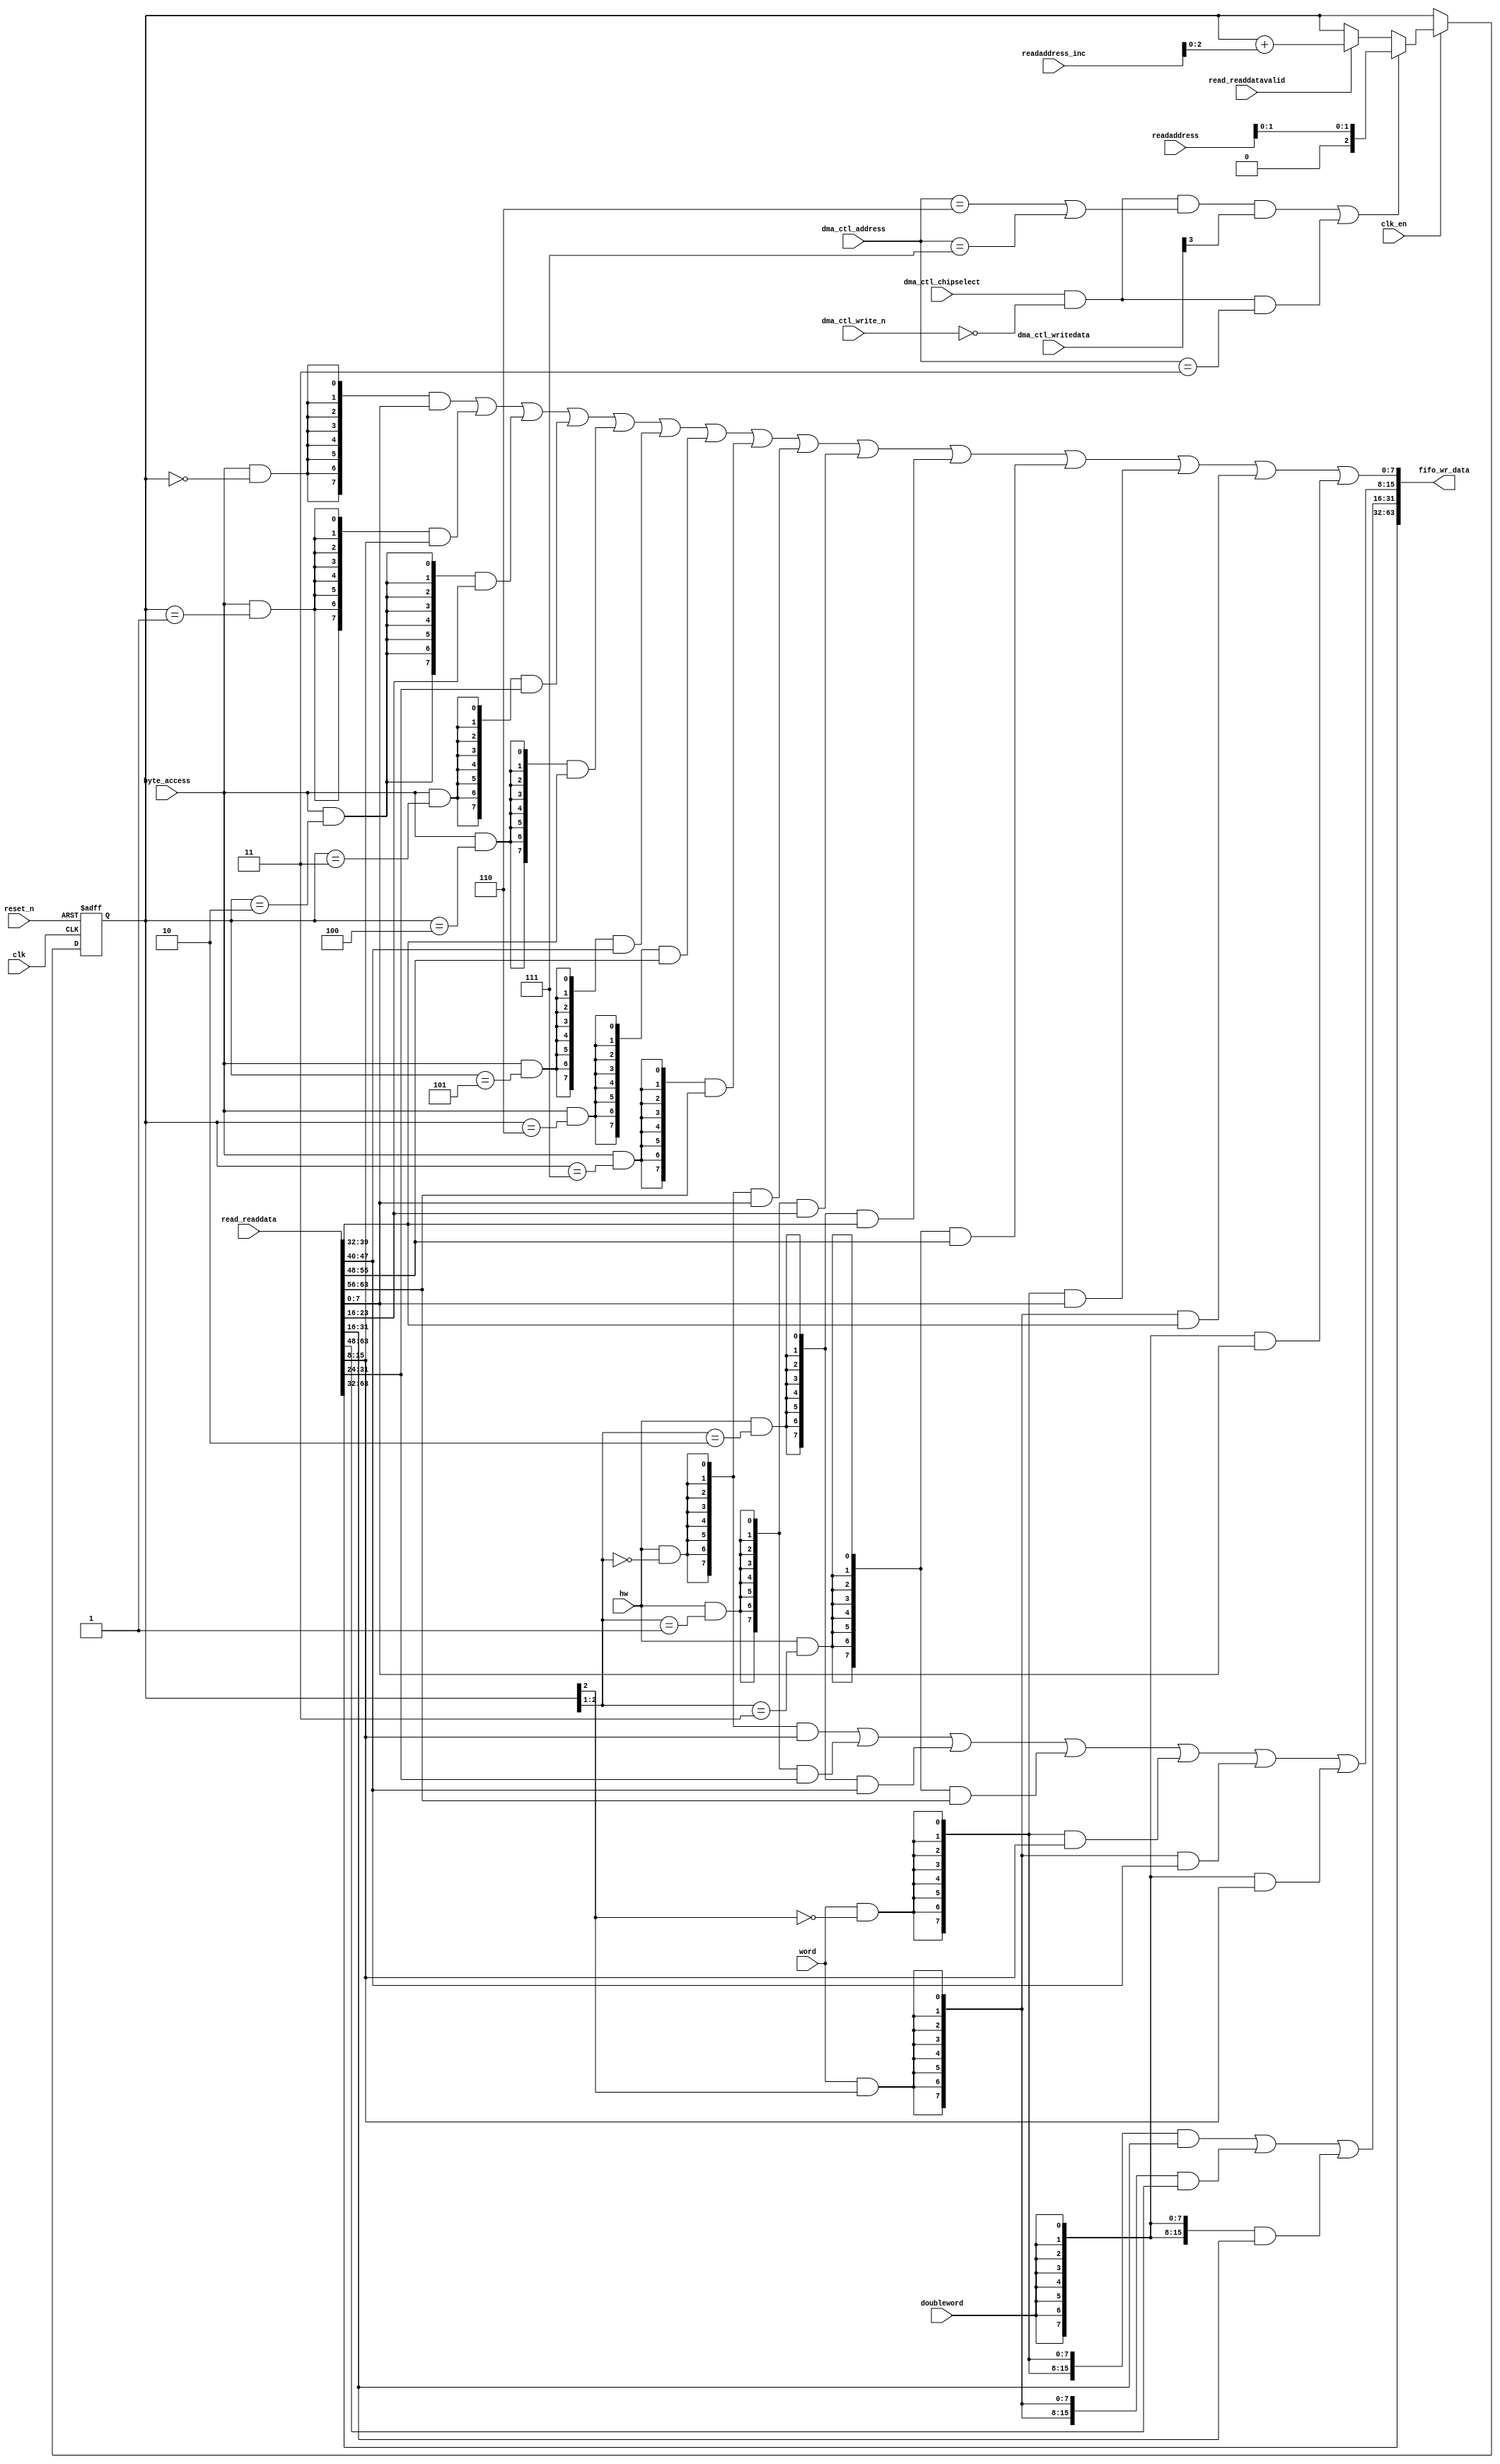
//Legal Notice: (C)2024 Altera Corporation. All rights reserved.  Your
//use of Altera Corporation's design tools, logic functions and other
//software and tools, and its AMPP partner logic functions, and any
//output files any of the foregoing (including device programming or
//simulation files), and any associated documentation or information are
//expressly subject to the terms and conditions of the Altera Program
//License Subscription Agreement or other applicable license agreement,
//including, without limitation, that your use is for the sole purpose
//of programming logic devices manufactured by Altera and sold by Altera
//or its authorized distributors.  Please refer to the applicable
//agreement for further details.

// synthesis translate_off
`timescale 1ns / 1ps
// synthesis translate_on

// turn off superfluous verilog processor warnings 
// altera message_level Level1 
// altera message_off 10034 10035 10036 10037 10230 10240 10030 

module soc_system_dma_0_read_data_mux (
                                        // inputs:
                                         byte_access,
                                         clk,
                                         clk_en,
                                         dma_ctl_address,
                                         dma_ctl_chipselect,
                                         dma_ctl_write_n,
                                         dma_ctl_writedata,
                                         doubleword,
                                         hw,
                                         read_readdata,
                                         read_readdatavalid,
                                         readaddress,
                                         readaddress_inc,
                                         reset_n,
                                         word,

                                        // outputs:
                                         fifo_wr_data
                                      )
;

  output  [ 63: 0] fifo_wr_data;
  input            byte_access;
  input            clk;
  input            clk_en;
  input   [  2: 0] dma_ctl_address;
  input            dma_ctl_chipselect;
  input            dma_ctl_write_n;
  input   [ 17: 0] dma_ctl_writedata;
  input            doubleword;
  input            hw;
  input   [ 63: 0] read_readdata;
  input            read_readdatavalid;
  input   [ 17: 0] readaddress;
  input   [  4: 0] readaddress_inc;
  input            reset_n;
  input            word;


wire             control_write;
wire    [ 63: 0] fifo_wr_data;
wire             length_write;
wire    [  2: 0] read_data_mux_input;
reg     [  2: 0] readdata_mux_select;
  assign control_write = dma_ctl_chipselect & ~dma_ctl_write_n & ((dma_ctl_address == 6) || (dma_ctl_address == 7));
  assign length_write = dma_ctl_chipselect & ~dma_ctl_write_n & (dma_ctl_address == 3);
  assign read_data_mux_input = ((control_write && dma_ctl_writedata[3] || length_write))? readaddress[1 : 0] :
    (read_readdatavalid)? (readdata_mux_select + readaddress_inc) :
    readdata_mux_select;

  // Reset value: the transaction size bits of the read address reset value.
  always @(posedge clk or negedge reset_n)
    begin
      if (reset_n == 0)
          readdata_mux_select <= 0;
      else if (clk_en)
          readdata_mux_select <= read_data_mux_input[2 : 0];
    end


  assign fifo_wr_data[63 : 32] = read_readdata[63 : 32];
  assign fifo_wr_data[31 : 16] = ({16 {(word & (readdata_mux_select[2] == 0))}} & read_readdata[31 : 16]) |
    ({16 {(word & (readdata_mux_select[2] == 1))}} & read_readdata[63 : 48]) |
    ({16 {doubleword}} & read_readdata[31 : 16]);

  assign fifo_wr_data[15 : 8] = ({8 {(hw & (readdata_mux_select[2 : 1] == 0))}} & read_readdata[15 : 8]) |
    ({8 {(hw & (readdata_mux_select[2 : 1] == 1))}} & read_readdata[31 : 24]) |
    ({8 {(hw & (readdata_mux_select[2 : 1] == 2))}} & read_readdata[47 : 40]) |
    ({8 {(hw & (readdata_mux_select[2 : 1] == 3))}} & read_readdata[63 : 56]) |
    ({8 {(word & (readdata_mux_select[2] == 0))}} & read_readdata[15 : 8]) |
    ({8 {(word & (readdata_mux_select[2] == 1))}} & read_readdata[47 : 40]) |
    ({8 {doubleword}} & read_readdata[15 : 8]);

  assign fifo_wr_data[7 : 0] = ({8 {(byte_access & (readdata_mux_select[2 : 0] == 0))}} & read_readdata[7 : 0]) |
    ({8 {(byte_access & (readdata_mux_select[2 : 0] == 1))}} & read_readdata[15 : 8]) |
    ({8 {(byte_access & (readdata_mux_select[2 : 0] == 2))}} & read_readdata[23 : 16]) |
    ({8 {(byte_access & (readdata_mux_select[2 : 0] == 3))}} & read_readdata[31 : 24]) |
    ({8 {(byte_access & (readdata_mux_select[2 : 0] == 4))}} & read_readdata[39 : 32]) |
    ({8 {(byte_access & (readdata_mux_select[2 : 0] == 5))}} & read_readdata[47 : 40]) |
    ({8 {(byte_access & (readdata_mux_select[2 : 0] == 6))}} & read_readdata[55 : 48]) |
    ({8 {(byte_access & (readdata_mux_select[2 : 0] == 7))}} & read_readdata[63 : 56]) |
    ({8 {(hw & (readdata_mux_select[2 : 1] == 0))}} & read_readdata[7 : 0]) |
    ({8 {(hw & (readdata_mux_select[2 : 1] == 1))}} & read_readdata[23 : 16]) |
    ({8 {(hw & (readdata_mux_select[2 : 1] == 2))}} & read_readdata[39 : 32]) |
    ({8 {(hw & (readdata_mux_select[2 : 1] == 3))}} & read_readdata[55 : 48]) |
    ({8 {(word & (readdata_mux_select[2] == 0))}} & read_readdata[7 : 0]) |
    ({8 {(word & (readdata_mux_select[2] == 1))}} & read_readdata[39 : 32]) |
    ({8 {doubleword}} & read_readdata[7 : 0]);


endmodule


// synthesis translate_off
`timescale 1ns / 1ps
// synthesis translate_on

// turn off superfluous verilog processor warnings 
// altera message_level Level1 
// altera message_off 10034 10035 10036 10037 10230 10240 10030 

module soc_system_dma_0_byteenables (
                                      // inputs:
                                       byte_access,
                                       doubleword,
                                       hw,
                                       word,
                                       write_address,

                                      // outputs:
                                       write_byteenable
                                    )
;

  output  [  7: 0] write_byteenable;
  input            byte_access;
  input            doubleword;
  input            hw;
  input            word;
  input   [ 17: 0] write_address;


wire             wa_2_is_0;
wire             wa_2_is_1;
wire             wa_2_to_0_is_0;
wire             wa_2_to_0_is_1;
wire             wa_2_to_0_is_2;
wire             wa_2_to_0_is_3;
wire             wa_2_to_0_is_4;
wire             wa_2_to_0_is_5;
wire             wa_2_to_0_is_6;
wire             wa_2_to_0_is_7;
wire             wa_2_to_1_is_0;
wire             wa_2_to_1_is_1;
wire             wa_2_to_1_is_2;
wire             wa_2_to_1_is_3;
wire    [  7: 0] write_byteenable;
  assign wa_2_to_0_is_7 = write_address[2 : 0] == 3'h7;
  assign wa_2_to_0_is_6 = write_address[2 : 0] == 3'h6;
  assign wa_2_to_0_is_5 = write_address[2 : 0] == 3'h5;
  assign wa_2_to_0_is_4 = write_address[2 : 0] == 3'h4;
  assign wa_2_to_0_is_3 = write_address[2 : 0] == 3'h3;
  assign wa_2_to_0_is_2 = write_address[2 : 0] == 3'h2;
  assign wa_2_to_0_is_1 = write_address[2 : 0] == 3'h1;
  assign wa_2_to_0_is_0 = write_address[2 : 0] == 3'h0;
  assign wa_2_to_1_is_3 = write_address[2 : 1] == 2'h3;
  assign wa_2_to_1_is_2 = write_address[2 : 1] == 2'h2;
  assign wa_2_to_1_is_1 = write_address[2 : 1] == 2'h1;
  assign wa_2_to_1_is_0 = write_address[2 : 1] == 2'h0;
  assign wa_2_is_1 = write_address[2] == 1'h1;
  assign wa_2_is_0 = write_address[2] == 1'h0;
  assign write_byteenable = ({8 {byte_access}} & {wa_2_to_0_is_7, wa_2_to_0_is_6, wa_2_to_0_is_5, wa_2_to_0_is_4, wa_2_to_0_is_3, wa_2_to_0_is_2, wa_2_to_0_is_1, wa_2_to_0_is_0}) |
    ({8 {hw}} & {wa_2_to_1_is_3, wa_2_to_1_is_3, wa_2_to_1_is_2, wa_2_to_1_is_2, wa_2_to_1_is_1, wa_2_to_1_is_1, wa_2_to_1_is_0, wa_2_to_1_is_0}) |
    ({8 {word}} & {wa_2_is_1, wa_2_is_1, wa_2_is_1, wa_2_is_1, wa_2_is_0, wa_2_is_0, wa_2_is_0, wa_2_is_0}) |
    ({8 {doubleword}} & 8'b11111111);


endmodule


// synthesis translate_off
`timescale 1ns / 1ps
// synthesis translate_on

// turn off superfluous verilog processor warnings 
// altera message_level Level1 
// altera message_off 10034 10035 10036 10037 10230 10240 10030 

module soc_system_dma_0_fifo_module_fifo_ram_module (
                                                      // inputs:
                                                       clk,
                                                       data,
                                                       rdaddress,
                                                       rdclken,
                                                       reset_n,
                                                       wraddress,
                                                       wrclock,
                                                       wren,

                                                      // outputs:
                                                       q
                                                    )
;

  output  [ 63: 0] q;
  input            clk;
  input   [ 63: 0] data;
  input   [  4: 0] rdaddress;
  input            rdclken;
  input            reset_n;
  input   [  4: 0] wraddress;
  input            wrclock;
  input            wren;


reg     [ 63: 0] mem_array [ 31: 0];
wire    [ 63: 0] q;
reg     [  4: 0] read_address;

//synthesis translate_off
//////////////// SIMULATION-ONLY CONTENTS
  always @(posedge clk or negedge reset_n)
    begin
      if (reset_n == 0)
          read_address <= 0;
      else if (rdclken)
          read_address <= rdaddress;
    end


  // Data read is synchronized through latent_rdaddress.
  assign q = mem_array[read_address];

  always @(posedge wrclock)
    begin
      // Write data
      if (wren)
          mem_array[wraddress] <= data;
    end



//////////////// END SIMULATION-ONLY CONTENTS

//synthesis translate_on
//synthesis read_comments_as_HDL on
//  always @(rdaddress)
//    begin
//      read_address = rdaddress;
//    end
//
//
//  lpm_ram_dp lpm_ram_dp_component
//    (
//      .data (data),
//      .q (q),
//      .rdaddress (read_address),
//      .rdclken (rdclken),
//      .rdclock (clk),
//      .wraddress (wraddress),
//      .wrclock (wrclock),
//      .wren (wren)
//    );
//
//  defparam lpm_ram_dp_component.lpm_file = "UNUSED",
//           lpm_ram_dp_component.lpm_hint = "USE_EAB=ON",
//           lpm_ram_dp_component.lpm_indata = "REGISTERED",
//           lpm_ram_dp_component.lpm_outdata = "UNREGISTERED",
//           lpm_ram_dp_component.lpm_rdaddress_control = "REGISTERED",
//           lpm_ram_dp_component.lpm_width = 64,
//           lpm_ram_dp_component.lpm_widthad = 5,
//           lpm_ram_dp_component.lpm_wraddress_control = "REGISTERED",
//           lpm_ram_dp_component.suppress_memory_conversion_warnings = "ON";
//
//synthesis read_comments_as_HDL off

endmodule


// synthesis translate_off
`timescale 1ns / 1ps
// synthesis translate_on

// turn off superfluous verilog processor warnings 
// altera message_level Level1 
// altera message_off 10034 10035 10036 10037 10230 10240 10030 

module soc_system_dma_0_fifo_module (
                                      // inputs:
                                       clk,
                                       clk_en,
                                       fifo_read,
                                       fifo_wr_data,
                                       fifo_write,
                                       flush_fifo,
                                       inc_pending_data,
                                       reset_n,

                                      // outputs:
                                       fifo_datavalid,
                                       fifo_empty,
                                       fifo_rd_data,
                                       p1_fifo_full
                                    )
;

  output           fifo_datavalid;
  output           fifo_empty;
  output  [ 63: 0] fifo_rd_data;
  output           p1_fifo_full;
  input            clk;
  input            clk_en;
  input            fifo_read;
  input   [ 63: 0] fifo_wr_data;
  input            fifo_write;
  input            flush_fifo;
  input            inc_pending_data;
  input            reset_n;


wire    [  4: 0] estimated_rdaddress;
reg     [  4: 0] estimated_wraddress;
wire             fifo_datavalid;
wire             fifo_dec;
reg              fifo_empty;
reg              fifo_full;
wire             fifo_inc;
wire    [ 63: 0] fifo_ram_q;
wire    [ 63: 0] fifo_rd_data;
reg              last_write_collision;
reg     [ 63: 0] last_write_data;
wire    [  4: 0] p1_estimated_wraddress;
wire             p1_fifo_empty;
wire             p1_fifo_full;
wire    [  4: 0] p1_wraddress;
wire    [  4: 0] rdaddress;
reg     [  4: 0] rdaddress_reg;
reg     [  4: 0] wraddress;
wire             write_collision;
  assign p1_wraddress = (fifo_write)? wraddress - 1 :
    wraddress;

  always @(posedge clk or negedge reset_n)
    begin
      if (reset_n == 0)
          wraddress <= 0;
      else if (clk_en)
          if (flush_fifo)
              wraddress <= 0;
          else 
            wraddress <= p1_wraddress;
    end


  assign rdaddress = flush_fifo ? 0 : fifo_read ? (rdaddress_reg - 1) : rdaddress_reg;
  always @(posedge clk or negedge reset_n)
    begin
      if (reset_n == 0)
          rdaddress_reg <= 0;
      else 
        rdaddress_reg <= rdaddress;
    end


  assign fifo_datavalid = ~fifo_empty;
  assign fifo_inc = fifo_write & ~fifo_read;
  assign fifo_dec = fifo_read & ~fifo_write;
  assign estimated_rdaddress = rdaddress_reg - 1;
  assign p1_estimated_wraddress = (inc_pending_data)? estimated_wraddress - 1 :
    estimated_wraddress;

  always @(posedge clk or negedge reset_n)
    begin
      if (reset_n == 0)
          estimated_wraddress <= {5 {1'b1}};
      else if (clk_en)
          if (flush_fifo)
              estimated_wraddress <= {5 {1'b1}};
          else 
            estimated_wraddress <= p1_estimated_wraddress;
    end


  assign p1_fifo_empty = flush_fifo  | ((~fifo_inc & fifo_empty) | (fifo_dec & (wraddress == estimated_rdaddress)));
  always @(posedge clk or negedge reset_n)
    begin
      if (reset_n == 0)
          fifo_empty <= 1;
      else if (clk_en)
          fifo_empty <= p1_fifo_empty;
    end


  assign p1_fifo_full = ~flush_fifo & ((~fifo_dec & fifo_full)  | (inc_pending_data & (estimated_wraddress == rdaddress)));
  always @(posedge clk or negedge reset_n)
    begin
      if (reset_n == 0)
          fifo_full <= 0;
      else if (clk_en)
          fifo_full <= p1_fifo_full;
    end


  assign write_collision = fifo_write && (wraddress == rdaddress);
  always @(posedge clk or negedge reset_n)
    begin
      if (reset_n == 0)
          last_write_data <= 0;
      else if (write_collision)
          last_write_data <= fifo_wr_data;
    end


  always @(posedge clk or negedge reset_n)
    begin
      if (reset_n == 0)
          last_write_collision <= 0;
      else if (write_collision)
          last_write_collision <= -1;
      else if (fifo_read)
          last_write_collision <= 0;
    end


  assign fifo_rd_data = last_write_collision ? last_write_data : fifo_ram_q;
  //soc_system_dma_0_fifo_module_fifo_ram, which is an e_ram
  soc_system_dma_0_fifo_module_fifo_ram_module soc_system_dma_0_fifo_module_fifo_ram
    (
      .clk       (clk),
      .data      (fifo_wr_data),
      .q         (fifo_ram_q),
      .rdaddress (rdaddress),
      .rdclken   (1'b1),
      .reset_n   (reset_n),
      .wraddress (wraddress),
      .wrclock   (clk),
      .wren      (fifo_write)
    );


endmodule


// synthesis translate_off
`timescale 1ns / 1ps
// synthesis translate_on

// turn off superfluous verilog processor warnings 
// altera message_level Level1 
// altera message_off 10034 10035 10036 10037 10230 10240 10030 

module soc_system_dma_0_mem_read (
                                   // inputs:
                                    clk,
                                    clk_en,
                                    go,
                                    p1_done_read,
                                    p1_fifo_full,
                                    read_waitrequest,
                                    reset_n,

                                   // outputs:
                                    inc_read,
                                    mem_read_n
                                 )
;

  output           inc_read;
  output           mem_read_n;
  input            clk;
  input            clk_en;
  input            go;
  input            p1_done_read;
  input            p1_fifo_full;
  input            read_waitrequest;
  input            reset_n;


wire             inc_read;
wire             mem_read_n;
wire             p1_read_select;
reg              read_select;
reg              soc_system_dma_0_mem_read_access;
reg              soc_system_dma_0_mem_read_idle;
  assign mem_read_n = ~read_select;
  always @(posedge clk or negedge reset_n)
    begin
      if (reset_n == 0)
          read_select <= 0;
      else if (clk_en)
          read_select <= p1_read_select;
    end


  assign inc_read = read_select & ~read_waitrequest;
  // Transitions into state 'idle'.
  always @(posedge clk or negedge reset_n)
    begin
      if (reset_n == 0)
          soc_system_dma_0_mem_read_idle <= 1;
      else if (clk_en)
          soc_system_dma_0_mem_read_idle <= ((soc_system_dma_0_mem_read_idle == 1) & (go == 0)) |
                    ((soc_system_dma_0_mem_read_idle == 1) & (p1_done_read == 1)) |
                    ((soc_system_dma_0_mem_read_idle == 1) & (p1_fifo_full == 1)) |
                    ((soc_system_dma_0_mem_read_access == 1) & (p1_fifo_full == 1) & (read_waitrequest == 0)) |
                    ((soc_system_dma_0_mem_read_access == 1) & (p1_done_read == 1) & (read_waitrequest == 0));

    end


  // Transitions into state 'access'.
  always @(posedge clk or negedge reset_n)
    begin
      if (reset_n == 0)
          soc_system_dma_0_mem_read_access <= 0;
      else if (clk_en)
          soc_system_dma_0_mem_read_access <= ((soc_system_dma_0_mem_read_idle == 1) & (p1_fifo_full == 0) & (p1_done_read == 0) & (go == 1)) |
                    ((soc_system_dma_0_mem_read_access == 1) & (read_waitrequest == 1)) |
                    ((soc_system_dma_0_mem_read_access == 1) & (p1_fifo_full == 0) & (p1_done_read == 0) & (read_waitrequest == 0));

    end


  assign p1_read_select = ({1 {((soc_system_dma_0_mem_read_access && (read_waitrequest == 1)))}} & 1) |
    ({1 {((soc_system_dma_0_mem_read_access && (p1_done_read == 0) && (p1_fifo_full == 0) && (read_waitrequest == 0)))}} & 1) |
    ({1 {((soc_system_dma_0_mem_read_idle && (go == 1) && (p1_done_read == 0) && (p1_fifo_full == 0)))}} & 1);


endmodule


// synthesis translate_off
`timescale 1ns / 1ps
// synthesis translate_on

// turn off superfluous verilog processor warnings 
// altera message_level Level1 
// altera message_off 10034 10035 10036 10037 10230 10240 10030 

module soc_system_dma_0_mem_write (
                                    // inputs:
                                     d1_enabled_write_endofpacket,
                                     fifo_datavalid,
                                     write_waitrequest,

                                    // outputs:
                                     fifo_read,
                                     inc_write,
                                     mem_write_n,
                                     write_select
                                  )
;

  output           fifo_read;
  output           inc_write;
  output           mem_write_n;
  output           write_select;
  input            d1_enabled_write_endofpacket;
  input            fifo_datavalid;
  input            write_waitrequest;


wire             fifo_read;
wire             inc_write;
wire             mem_write_n;
wire             write_select;
  assign write_select = fifo_datavalid & ~d1_enabled_write_endofpacket;
  assign mem_write_n = ~write_select;
  assign fifo_read = write_select & ~write_waitrequest;
  assign inc_write = fifo_read;

endmodule


// synthesis translate_off
`timescale 1ns / 1ps
// synthesis translate_on

// turn off superfluous verilog processor warnings 
// altera message_level Level1 
// altera message_off 10034 10035 10036 10037 10230 10240 10030 

//DMA peripheral soc_system_dma_0
//Read slaves:
//onchip_memory2_0.s1,onchip_memory2_1.s1,myBus.s1; 
//Write slaves:
//onchip_memory2_0.s1,onchip_memory2_1.s1,myBus.s1; 


module soc_system_dma_0 (
                          // inputs:
                           clk,
                           dma_ctl_address,
                           dma_ctl_chipselect,
                           dma_ctl_write_n,
                           dma_ctl_writedata,
                           read_readdata,
                           read_readdatavalid,
                           read_waitrequest,
                           system_reset_n,
                           write_waitrequest,

                          // outputs:
                           dma_ctl_irq,
                           dma_ctl_readdata,
                           read_address,
                           read_chipselect,
                           read_read_n,
                           write_address,
                           write_byteenable,
                           write_chipselect,
                           write_write_n,
                           write_writedata
                        )
  /* synthesis ALTERA_ATTRIBUTE = "SUPPRESS_DA_RULE_INTERNAL=\"R101\"" */ ;

  output           dma_ctl_irq;
  output  [ 17: 0] dma_ctl_readdata;
  output  [ 17: 0] read_address;
  output           read_chipselect;
  output           read_read_n;
  output  [ 17: 0] write_address;
  output  [  7: 0] write_byteenable;
  output           write_chipselect;
  output           write_write_n;
  output  [ 63: 0] write_writedata;
  input            clk;
  input   [  2: 0] dma_ctl_address;
  input            dma_ctl_chipselect;
  input            dma_ctl_write_n;
  input   [ 17: 0] dma_ctl_writedata;
  input   [ 63: 0] read_readdata;
  input            read_readdatavalid;
  input            read_waitrequest;
  input            system_reset_n;
  input            write_waitrequest;


wire             busy;
wire             byte_access;
wire             clk_en;
reg     [ 12: 0] control;
reg              d1_done_transaction;
reg              d1_enabled_write_endofpacket;
reg              d1_read_got_endofpacket;
reg              d1_softwarereset;
wire             dma_ctl_irq;
reg     [ 17: 0] dma_ctl_readdata;
reg              done;
wire             done_transaction;
reg              done_write;
wire             doubleword;
wire             enabled_write_endofpacket;
wire             fifo_datavalid;
wire             fifo_empty;
wire    [ 63: 0] fifo_rd_data;
wire    [ 63: 0] fifo_rd_data_as_byte_access;
wire    [ 63: 0] fifo_rd_data_as_doubleword;
wire    [ 63: 0] fifo_rd_data_as_hw;
wire    [ 63: 0] fifo_rd_data_as_word;
wire             fifo_read;
wire    [ 63: 0] fifo_wr_data;
wire             fifo_write;
wire             fifo_write_data_valid;
wire             flush_fifo;
wire             go;
wire             hw;
wire             i_en;
wire             inc_read;
wire             inc_write;
wire             leen;
reg              len;
reg     [ 15: 0] length;
reg              length_eq_0;
wire             mem_read_n;
wire             mem_write_n;
wire    [ 12: 0] p1_control;
wire    [ 17: 0] p1_dma_ctl_readdata;
wire             p1_done_read;
wire             p1_done_write;
wire             p1_fifo_full;
wire    [ 15: 0] p1_length;
wire             p1_length_eq_0;
wire             p1_read_got_endofpacket;
wire    [ 17: 0] p1_readaddress;
wire             p1_write_got_endofpacket;
wire    [ 17: 0] p1_writeaddress;
wire    [ 15: 0] p1_writelength;
wire             p1_writelength_eq_0;
wire             quadword;
wire             rcon;
wire    [ 17: 0] read_address;
wire             read_chipselect;
wire             read_endofpacket;
reg              read_got_endofpacket;
wire             read_read_n;
reg     [ 17: 0] readaddress;
wire    [  4: 0] readaddress_inc;
wire             reen;
reg              reop;
reg              reset_n;
wire             set_software_reset_bit;
reg              software_reset_request;
wire             softwarereset;
wire    [  4: 0] status;
wire             status_register_write;
wire             wcon;
wire             ween;
reg              weop;
wire             word;
wire    [ 17: 0] write_address;
wire    [  7: 0] write_byteenable;
wire             write_chipselect;
wire             write_endofpacket;
reg              write_got_endofpacket;
wire             write_select;
wire             write_write_n;
wire    [ 63: 0] write_writedata;
reg     [ 17: 0] writeaddress;
wire    [  4: 0] writeaddress_inc;
reg     [ 15: 0] writelength;
reg              writelength_eq_0;
  assign clk_en = 1;
  //control_port_slave, which is an e_avalon_slave
  //read_master, which is an e_avalon_master
  soc_system_dma_0_read_data_mux the_soc_system_dma_0_read_data_mux
    (
      .byte_access        (byte_access),
      .clk                (clk),
      .clk_en             (clk_en),
      .dma_ctl_address    (dma_ctl_address),
      .dma_ctl_chipselect (dma_ctl_chipselect),
      .dma_ctl_write_n    (dma_ctl_write_n),
      .dma_ctl_writedata  (dma_ctl_writedata),
      .doubleword         (doubleword),
      .fifo_wr_data       (fifo_wr_data),
      .hw                 (hw),
      .read_readdata      (read_readdata),
      .read_readdatavalid (read_readdatavalid),
      .readaddress        (readaddress),
      .readaddress_inc    (readaddress_inc),
      .reset_n            (reset_n),
      .word               (word)
    );

  //write_master, which is an e_avalon_master
  soc_system_dma_0_byteenables the_soc_system_dma_0_byteenables
    (
      .byte_access      (byte_access),
      .doubleword       (doubleword),
      .hw               (hw),
      .word             (word),
      .write_address    (write_address),
      .write_byteenable (write_byteenable)
    );

  assign read_read_n = mem_read_n;
  assign status_register_write = dma_ctl_chipselect & ~dma_ctl_write_n & (dma_ctl_address == 0);
  // read address
  always @(posedge clk or negedge reset_n)
    begin
      if (reset_n == 0)
          readaddress <= 18'h0;
      else if (clk_en)
          readaddress <= p1_readaddress;
    end


  assign p1_readaddress = ((dma_ctl_chipselect & ~dma_ctl_write_n & (dma_ctl_address == 1)))? dma_ctl_writedata :
    (inc_read)? (readaddress + readaddress_inc) :
    readaddress;

  // write address
  always @(posedge clk or negedge reset_n)
    begin
      if (reset_n == 0)
          writeaddress <= 18'h0;
      else if (clk_en)
          writeaddress <= p1_writeaddress;
    end


  assign p1_writeaddress = ((dma_ctl_chipselect & ~dma_ctl_write_n & (dma_ctl_address == 2)))? dma_ctl_writedata :
    (inc_write)? (writeaddress + writeaddress_inc) :
    writeaddress;

  // length in bytes
  always @(posedge clk or negedge reset_n)
    begin
      if (reset_n == 0)
          length <= 16'h0;
      else if (clk_en)
          length <= p1_length;
    end


  assign p1_length = ((dma_ctl_chipselect & ~dma_ctl_write_n & (dma_ctl_address == 3)))? dma_ctl_writedata :
    ((inc_read && (!length_eq_0)))? length - {1'b0,
    doubleword,
    word,
    hw,
    byte_access} :
    length;

  // control register
  always @(posedge clk or negedge reset_n)
    begin
      if (reset_n == 0)
          control <= 13'h84;
      else if (clk_en)
          control <= p1_control;
    end


  assign p1_control = ((dma_ctl_chipselect & ~dma_ctl_write_n & ((dma_ctl_address == 6) || (dma_ctl_address == 7))))? dma_ctl_writedata :
    control;

  // write master length
  always @(posedge clk or negedge reset_n)
    begin
      if (reset_n == 0)
          writelength <= 16'h0;
      else if (clk_en)
          writelength <= p1_writelength;
    end


  assign p1_writelength = ((dma_ctl_chipselect & ~dma_ctl_write_n & (dma_ctl_address == 3)))? dma_ctl_writedata :
    ((inc_write && (!writelength_eq_0)))? writelength - {1'b0,
    doubleword,
    word,
    hw,
    byte_access} :
    writelength;

  assign p1_writelength_eq_0 = inc_write && (!writelength_eq_0) && ((writelength  - {1'b0,
    doubleword,
    word,
    hw,
    byte_access}) == 0);

  assign p1_length_eq_0 = inc_read && (!length_eq_0) && ((length  - {1'b0,
    doubleword,
    word,
    hw,
    byte_access}) == 0);

  always @(posedge clk or negedge reset_n)
    begin
      if (reset_n == 0)
          length_eq_0 <= 1;
      else if (clk_en)
          if (dma_ctl_chipselect & ~dma_ctl_write_n & (dma_ctl_address == 3))
              length_eq_0 <= 0;
          else if (p1_length_eq_0)
              length_eq_0 <= -1;
    end


  always @(posedge clk or negedge reset_n)
    begin
      if (reset_n == 0)
          writelength_eq_0 <= 1;
      else if (clk_en)
          if (dma_ctl_chipselect & ~dma_ctl_write_n & (dma_ctl_address == 3))
              writelength_eq_0 <= 0;
          else if (p1_writelength_eq_0)
              writelength_eq_0 <= -1;
    end


  assign writeaddress_inc = (wcon)? 0 :
    {1'b0,
    doubleword,
    word,
    hw,
    byte_access};

  assign readaddress_inc = (rcon)? 0 :
    {1'b0,
    doubleword,
    word,
    hw,
    byte_access};

  assign p1_dma_ctl_readdata = ({18 {(dma_ctl_address == 0)}} & status) |
    ({18 {(dma_ctl_address == 1)}} & readaddress) |
    ({18 {(dma_ctl_address == 2)}} & writeaddress) |
    ({18 {(dma_ctl_address == 3)}} & writelength) |
    ({18 {(dma_ctl_address == 6)}} & control);

  always @(posedge clk or negedge reset_n)
    begin
      if (reset_n == 0)
          dma_ctl_readdata <= 0;
      else if (clk_en)
          dma_ctl_readdata <= p1_dma_ctl_readdata;
    end


  assign done_transaction = go & done_write;
  always @(posedge clk or negedge reset_n)
    begin
      if (reset_n == 0)
          done <= 0;
      else if (clk_en)
          if (status_register_write)
              done <= 0;
          else if (done_transaction & ~d1_done_transaction)
              done <= -1;
    end


  always @(posedge clk or negedge reset_n)
    begin
      if (reset_n == 0)
          d1_done_transaction <= 0;
      else if (clk_en)
          d1_done_transaction <= done_transaction;
    end


  assign busy = go & ~done_write;
  assign status[0] = done;
  assign status[1] = busy;
  assign status[2] = reop;
  assign status[3] = weop;
  assign status[4] = len;
  assign byte_access = control[0];
  assign hw = control[1];
  assign word = control[2];
  assign go = control[3];
  assign i_en = control[4];
  assign reen = control[5];
  assign ween = control[6];
  assign leen = control[7];
  assign rcon = control[8];
  assign wcon = control[9];
  assign doubleword = control[10];
  assign quadword = control[11];
  assign softwarereset = control[12];
  assign dma_ctl_irq = i_en & done;
  assign p1_read_got_endofpacket = ~status_register_write && (read_got_endofpacket || (read_endofpacket & reen));
  assign p1_write_got_endofpacket = ~status_register_write && (write_got_endofpacket || (inc_write & write_endofpacket & ween));
  always @(posedge clk or negedge reset_n)
    begin
      if (reset_n == 0)
          read_got_endofpacket <= 0;
      else if (clk_en)
          read_got_endofpacket <= p1_read_got_endofpacket;
    end


  always @(posedge clk or negedge reset_n)
    begin
      if (reset_n == 0)
          write_got_endofpacket <= 0;
      else if (clk_en)
          write_got_endofpacket <= p1_write_got_endofpacket;
    end


  assign flush_fifo = ~d1_done_transaction & done_transaction;
  soc_system_dma_0_fifo_module the_soc_system_dma_0_fifo_module
    (
      .clk              (clk),
      .clk_en           (clk_en),
      .fifo_datavalid   (fifo_datavalid),
      .fifo_empty       (fifo_empty),
      .fifo_rd_data     (fifo_rd_data),
      .fifo_read        (fifo_read),
      .fifo_wr_data     (fifo_wr_data),
      .fifo_write       (fifo_write),
      .flush_fifo       (flush_fifo),
      .inc_pending_data (inc_read),
      .p1_fifo_full     (p1_fifo_full),
      .reset_n          (reset_n)
    );

  //the_soc_system_dma_0_mem_read, which is an e_instance
  soc_system_dma_0_mem_read the_soc_system_dma_0_mem_read
    (
      .clk              (clk),
      .clk_en           (clk_en),
      .go               (go),
      .inc_read         (inc_read),
      .mem_read_n       (mem_read_n),
      .p1_done_read     (p1_done_read),
      .p1_fifo_full     (p1_fifo_full),
      .read_waitrequest (read_waitrequest),
      .reset_n          (reset_n)
    );

  assign fifo_write = fifo_write_data_valid;
  assign enabled_write_endofpacket = write_endofpacket & ween;
  always @(posedge clk or negedge reset_n)
    begin
      if (reset_n == 0)
          d1_enabled_write_endofpacket <= 0;
      else if (clk_en)
          d1_enabled_write_endofpacket <= enabled_write_endofpacket;
    end


  soc_system_dma_0_mem_write the_soc_system_dma_0_mem_write
    (
      .d1_enabled_write_endofpacket (d1_enabled_write_endofpacket),
      .fifo_datavalid               (fifo_datavalid),
      .fifo_read                    (fifo_read),
      .inc_write                    (inc_write),
      .mem_write_n                  (mem_write_n),
      .write_select                 (write_select),
      .write_waitrequest            (write_waitrequest)
    );

  assign p1_done_read = (leen && (p1_length_eq_0 || (length_eq_0))) | p1_read_got_endofpacket | p1_done_write;
  always @(posedge clk or negedge reset_n)
    begin
      if (reset_n == 0)
          len <= 0;
      else if (clk_en)
          if (status_register_write)
              len <= 0;
          else if (~d1_done_transaction & done_transaction && (writelength_eq_0))
              len <= -1;
    end


  always @(posedge clk or negedge reset_n)
    begin
      if (reset_n == 0)
          reop <= 0;
      else if (clk_en)
          if (status_register_write)
              reop <= 0;
          else if (fifo_empty & read_got_endofpacket & d1_read_got_endofpacket)
              reop <= -1;
    end


  always @(posedge clk or negedge reset_n)
    begin
      if (reset_n == 0)
          weop <= 0;
      else if (clk_en)
          if (status_register_write)
              weop <= 0;
          else if (write_got_endofpacket)
              weop <= -1;
    end


  assign p1_done_write = (leen && (p1_writelength_eq_0 || writelength_eq_0)) | p1_write_got_endofpacket | fifo_empty & d1_read_got_endofpacket;
  always @(posedge clk or negedge reset_n)
    begin
      if (reset_n == 0)
          d1_read_got_endofpacket <= 0;
      else if (clk_en)
          d1_read_got_endofpacket <= read_got_endofpacket;
    end


  // Write has completed when the length goes to 0, or
  //the write source said end-of-packet, or
  //the read source said end-of-packet and the fifo has emptied.
  always @(posedge clk or negedge reset_n)
    begin
      if (reset_n == 0)
          done_write <= 0;
      else if (clk_en)
          done_write <= p1_done_write;
    end


  assign read_address = readaddress;
  assign write_address = writeaddress;
  assign write_chipselect = write_select;
  assign read_chipselect = ~read_read_n;
  assign write_write_n = mem_write_n;
  assign fifo_rd_data_as_byte_access = {fifo_rd_data[7 : 0],
    fifo_rd_data[7 : 0],
    fifo_rd_data[7 : 0],
    fifo_rd_data[7 : 0],
    fifo_rd_data[7 : 0],
    fifo_rd_data[7 : 0],
    fifo_rd_data[7 : 0],
    fifo_rd_data[7 : 0]};

  assign fifo_rd_data_as_hw = {fifo_rd_data[15 : 0],
    fifo_rd_data[15 : 0],
    fifo_rd_data[15 : 0],
    fifo_rd_data[15 : 0]};

  assign fifo_rd_data_as_word = {fifo_rd_data[31 : 0],
    fifo_rd_data[31 : 0]};

  assign fifo_rd_data_as_doubleword = fifo_rd_data[63 : 0];
  assign write_writedata = ({64 {byte_access}} & fifo_rd_data_as_byte_access) |
    ({64 {hw}} & fifo_rd_data_as_hw) |
    ({64 {word}} & fifo_rd_data_as_word) |
    ({64 {doubleword}} & fifo_rd_data_as_doubleword);

  assign fifo_write_data_valid = read_readdatavalid;
  assign set_software_reset_bit = ((dma_ctl_chipselect & ~dma_ctl_write_n & ((dma_ctl_address == 6) || (dma_ctl_address == 7)))) & (dma_ctl_address != 7) & dma_ctl_writedata[12];
  always @(posedge clk or negedge system_reset_n)
    begin
      if (system_reset_n == 0)
          d1_softwarereset <= 0;
      else if (set_software_reset_bit | software_reset_request)
          d1_softwarereset <= softwarereset & ~software_reset_request;
    end


  always @(posedge clk or negedge system_reset_n)
    begin
      if (system_reset_n == 0)
          software_reset_request <= 0;
      else if (set_software_reset_bit | software_reset_request)
          software_reset_request <= d1_softwarereset & ~software_reset_request;
    end


  always @(posedge clk or negedge system_reset_n)
    begin
      if (system_reset_n == 0)
          reset_n <= 0;
      else 
        reset_n <= ~(~system_reset_n | software_reset_request);
    end


  assign read_endofpacket = 0;
  assign write_endofpacket = 0;

endmodule